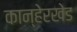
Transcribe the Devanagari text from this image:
कान्हेरखेड